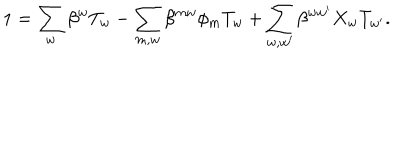
1 = \sum _ { w } \beta ^ { w } T _ { w } - \sum _ { m , w } \beta ^ { m w } \phi _ { m } T _ { w } + \sum _ { w , w ^ { \prime } } \beta ^ { w w ^ { \prime } } X _ { w } T _ { w ^ { \prime } } .